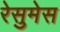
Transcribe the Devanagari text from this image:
रेसुमेस